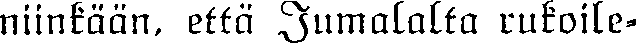
niinkään, että Jumalalta rukoile-